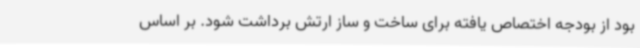
بود از بودجه اختصاص یافته برای ساخت و ساز ارتش برداشت شود. بر اساس